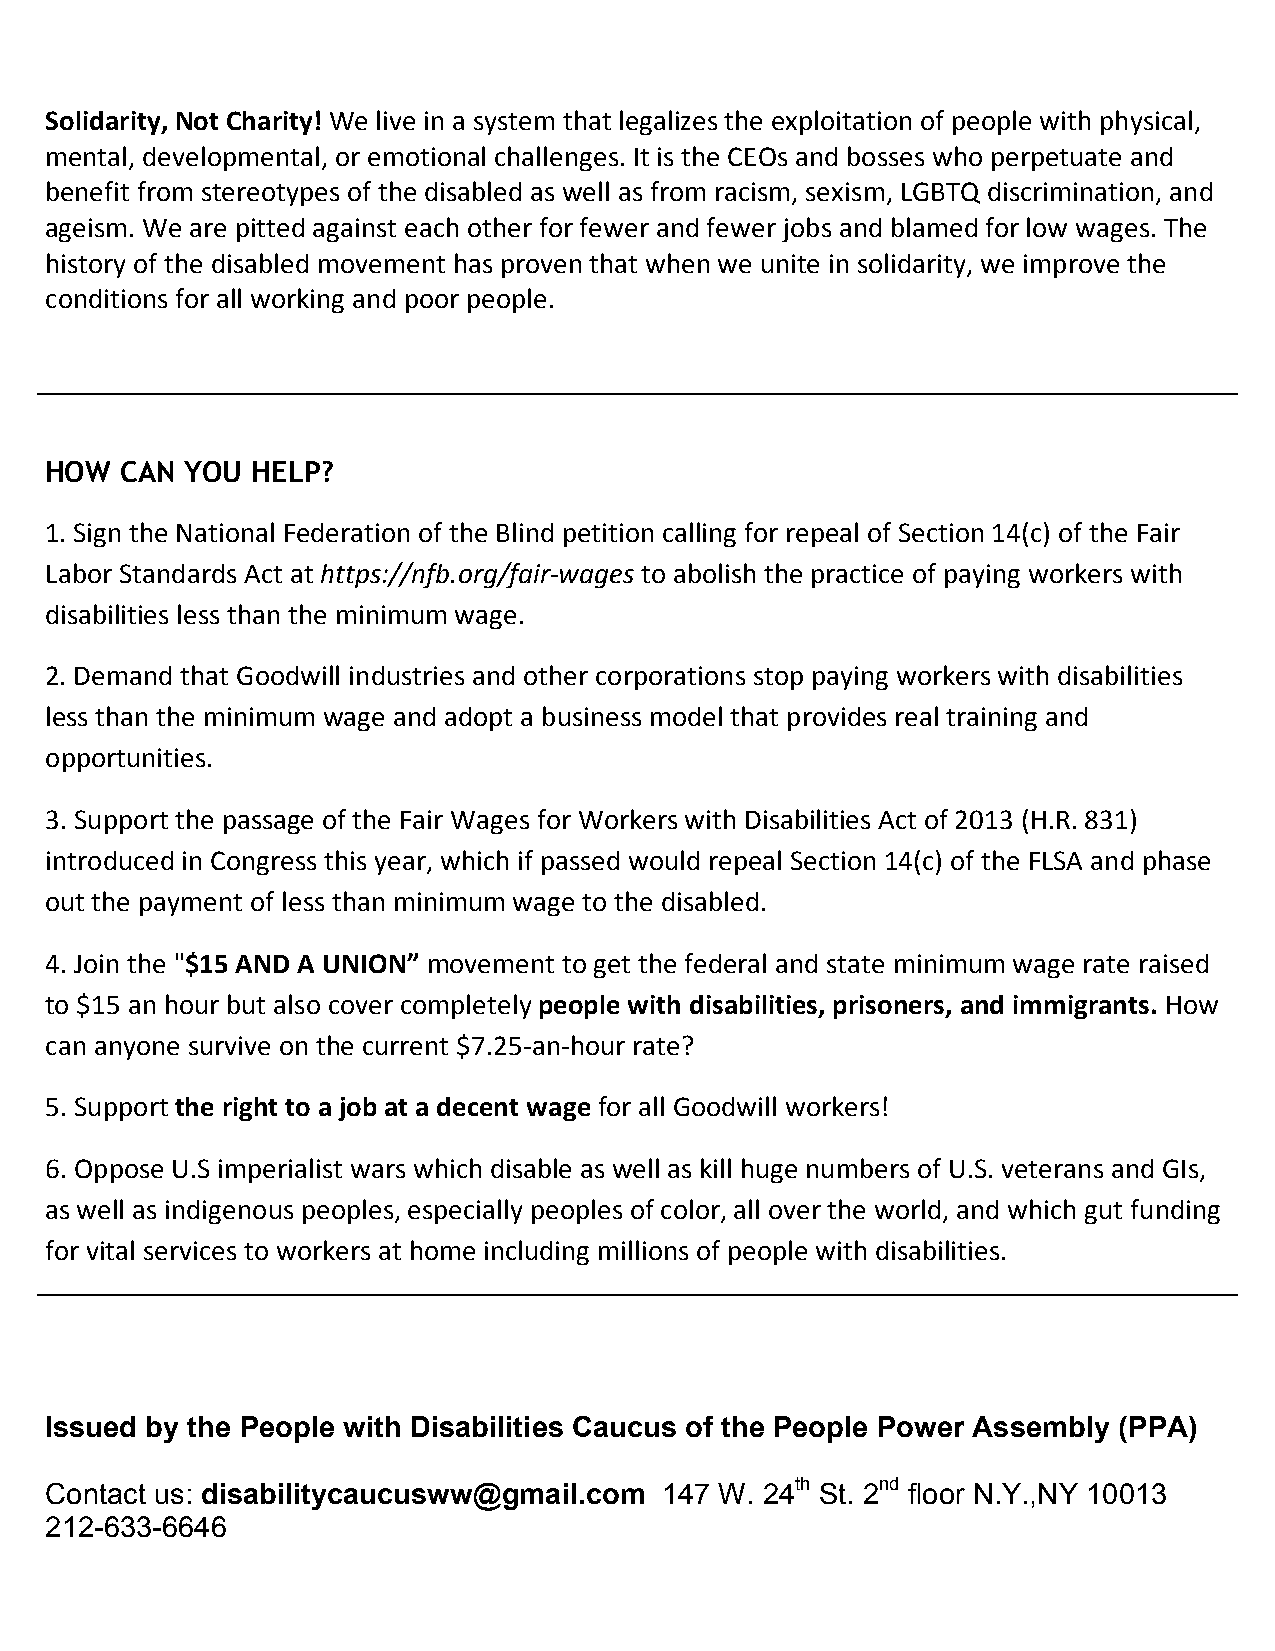
Solidarity, Not Charity! We live in a system that legalizes the exploitation of people with physical,
 mental, developmental, or emotional challenges. It is the CEOs and bosses who perpetuate and
 benefit from stereotypes of the disabled as well as from racism, sexism, LGBTQ discrimination, and
 ageism. We are pitted against each other for fewer and fewer jobs and blamed for low wages. The
 history of the disabled movement has proven that when we unite in solidarity, we improve the
 conditions for all working and poor people.
 HOW  CAN YOU  HELP?
 1. Sign the National Federation of the Blind petition calling for repeal of Section 14(c) of the Fair
 Labor Standards Act at https://nfb.org/fair-­‐wages to abolish the practice of paying workers with
 disabilities less than the minimum wage.
 2. Demand that Goodwill industries and other corporations stop paying workers with disabilities
 less than the minimum wage and adopt a business model that provides real training and
 opportunities.
 3. Support the passage of the Fair Wages for Workers with Disabilities Act of 2013 (H.R. 831)
 introduced in Congress this year, which if passed would repeal Section 14(c) of the FLSA and phase
 out the payment of less than minimum wage to the disabled.
 4. Join the "$15 AND A UNION” movement to get the federal and state minimum wage rate raised
 to $15 an hour but also cover completely people with disabilities, prisoners, and immigrants. How
 can anyone survive on the current $7.25-­‐an-­‐hour rate?
 5. Support the right to a job at a decent wage for all Goodwill workers!
 6. Oppose U.S imperialist wars which disable as well as kill huge numbers of U.S. veterans and GIs,
 as well as indigenous peoples, especially peoples of color, all over the world, and which gut funding
 for vital services to workers at home including millions of people with disabilities.
 Issued by the People with Disabilities Caucus of the People Power Assembly (PPA)
 Contact us: disabilitycaucusww@gmail.com 147 W. 24th St. 2nd floor N.Y.,NY 10013
 212-633-6646